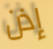
إذن